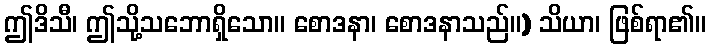
ဤဒိသီ၊ ဤသို့သဘောရှိသော။ စောဒနာ၊ စောဒနာသည်။) သိယာ၊ ဖြစ်ရာ၏။